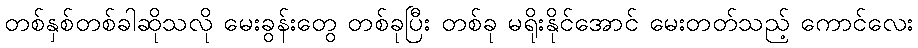
တစ်နှစ်တစ်ခါဆိုသလို မေးခွန်းတွေ တစ်ခုပြီး တစ်ခု မရိုးနိုင်အောင် မေးတတ်သည့် ကောင်လေး